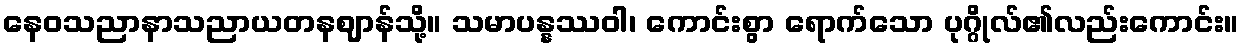
နေဝသညာနာသညာယတနဈာန်သို့။ သမာပန္နဿဝါ၊ ကောင်းစွာ ရောက်သော ပုဂ္ဂိုလ်၏လည်းကောင်း။